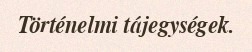
Történelmi tájegységek.